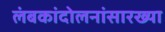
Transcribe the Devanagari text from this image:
लंबकांदोलनांसारख्या